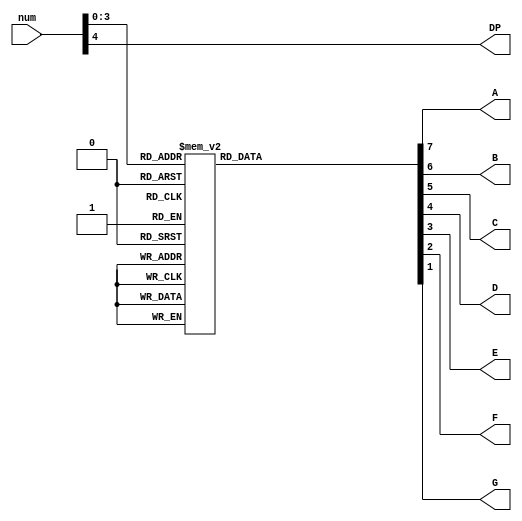
module SSeg(input wire[4:0] num,
            output wire A,B,C,D,E,F,G,DP);
    
    reg[7:0] out;

    always @(*)begin
        case(num[3:0])
            4'b0000: out = 8'b1111_1100;
            4'b0001: out = 8'b0110_0000;
            4'b0010: out = 8'b1101_1010;
            4'b0011: out = 8'b1111_0010;
            4'b0100: out = 8'b0110_0110;
            4'b0101: out = 8'b1011_0110;
            4'b0110: out = 8'b1011_1110;
            4'b0111: out = 8'b1110_0000;
            4'b1000: out = 8'b1111_1110;
            4'b1001: out = 8'b1110_0110;
            4'b1010: out = 8'b1110_1110;
            4'b1011: out = 8'b0011_1110;
            4'b1100: out = 8'b0001_1010;
            4'b1101: out = 8'b0111_1010;
            4'b1110: out = 8'b1001_1110;
            4'b1111: out = 8'b1000_1110;
            default: out = 8'b0000_0000;
        endcase
    end

    assign {A,B,C,D,E,F,G} = out[7:1];
    assign DP = num[4];
    
endmodule